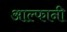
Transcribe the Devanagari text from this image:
आल्फानी